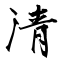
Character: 清